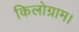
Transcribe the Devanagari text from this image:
किलोग्राम।